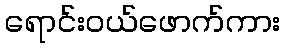
ရောင်းဝယ်ဖောက်ကား